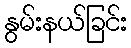
နွမ်းနယ်ခြင်း